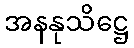
အနနုသိဋ္ဌေ